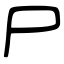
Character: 尸